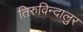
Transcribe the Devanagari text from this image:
तिरुविन्दालुर